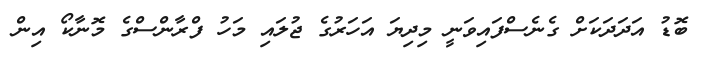
ބޮޑު އަދަދަކަށް ގެނެސްފައިވަނީ މިދިޔަ އަހަރުުގެ ޖުލައި މަހު ފްރާންސްގެ މޮނާކޯ އިން